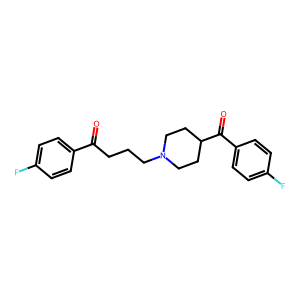
SMILES: O=C(CCCN1CCC(C(=O)c2ccc(F)cc2)CC1)c1ccc(F)cc1
Inhibits HIV replication: No